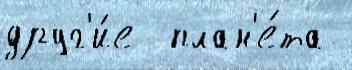
друг'и́е  план'е́та